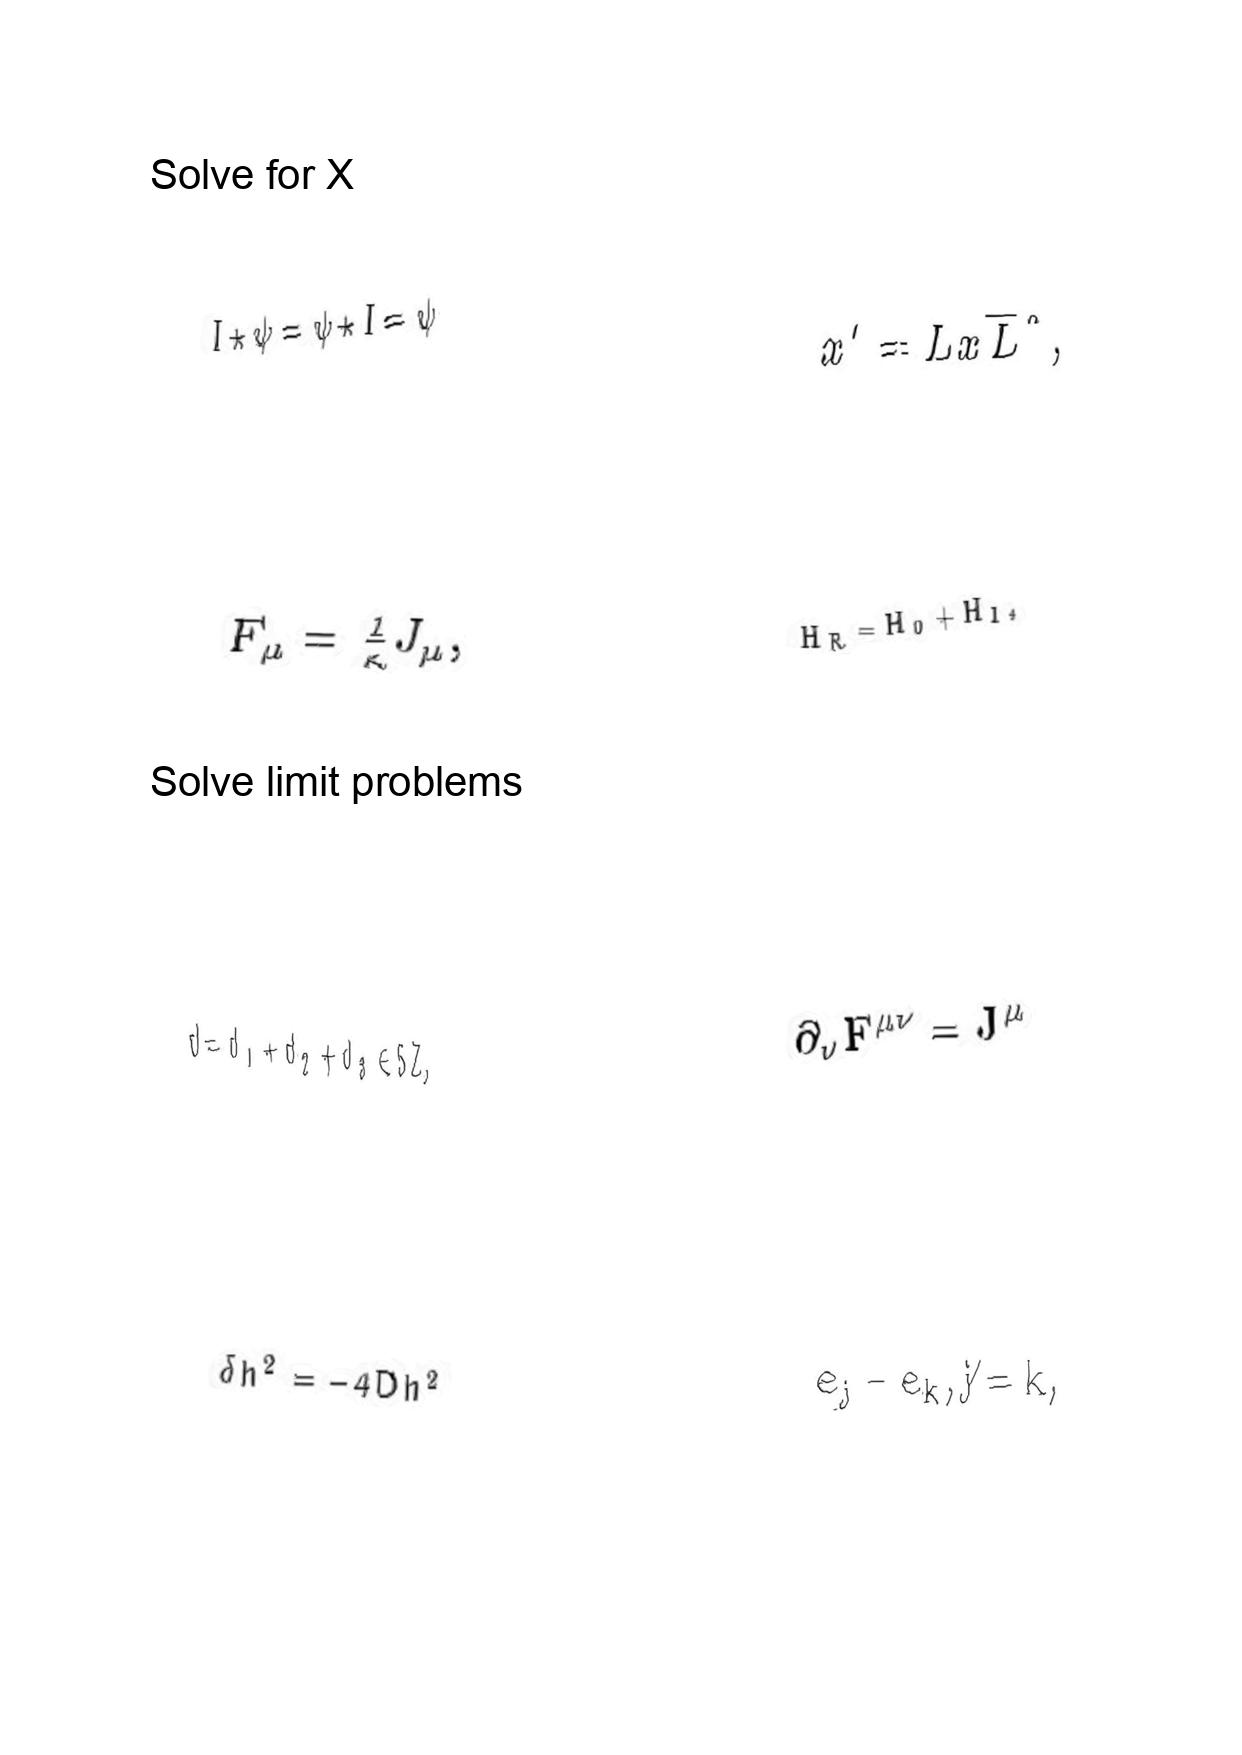
LaTeX transcription:
I \star \psi = \psi \star I = \psi
F _ { \mu } = \frac { 1 } { \kappa } J _ { \mu } ,
d = d _ { 1 } + d _ { 2 } + d _ { 3 } \in 5 Z ,
\delta h ^ { 2 } = - 4 D h ^ { 2 }
x ^ { \prime } = L x \overline { L } ^ { \ast } ,
H _ { R } = H _ { 0 } + H _ { I } ,
\partial _ { \nu } F ^ { \mu \nu } = J ^ { \mu }
e _ { j } - e _ { k } , j \neq k ,